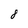
Character: 8